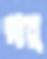
গার্